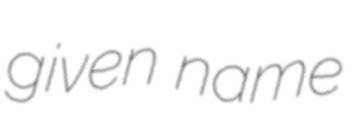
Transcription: given name